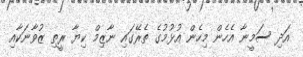
އަދި ސަމީނާ އެހެން މިހެން އުޅުމުގެ ތެރޭގައި ނާޒިމް ކިޔާ ރީތި ޒުވާނަކާއި